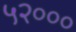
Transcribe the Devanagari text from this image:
५२०००